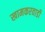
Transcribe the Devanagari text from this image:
खामकरवाडी